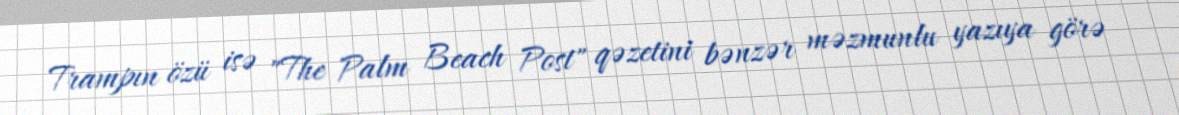
Trampın özü isə "The Palm Beach Post" qəzetini bənzər məzmunlu yazıya görə